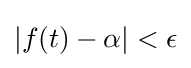
|f(t)-\alpha |<\epsilon